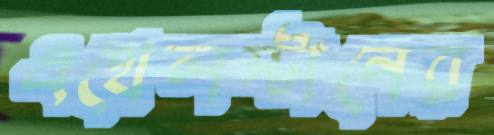
এথেলস্টানের